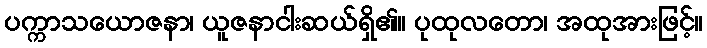
ပက္ကာသယောဇနာ၊ ယူဇနာငါးဆယ်ရှိ၏။ ပုထုလတော၊ အထုအားဖြင့်။